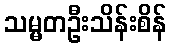
သမ္မတဦးသိန်းစိန်